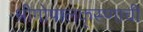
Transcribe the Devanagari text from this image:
श्रीगोपालकृस्णाची